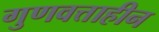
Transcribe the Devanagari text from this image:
गुणवत्ताहीन